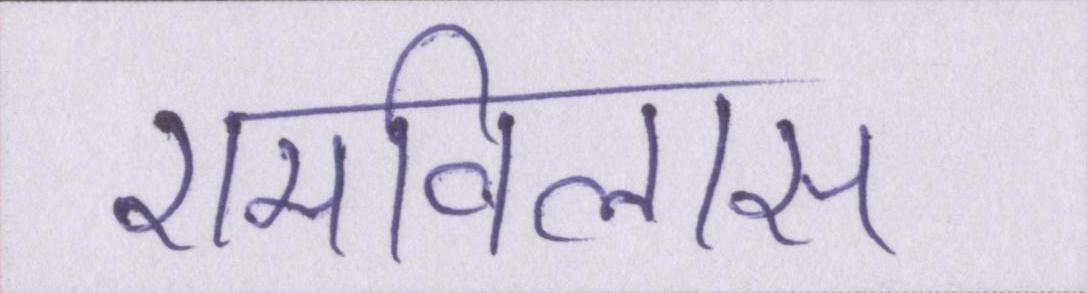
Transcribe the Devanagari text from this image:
रामविलास